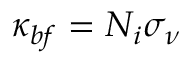
\kappa _ { b f } = N _ { i } \sigma _ { \nu }